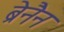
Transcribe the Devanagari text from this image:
ब्रेनैन